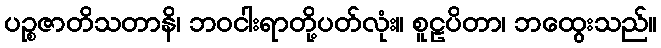
ပဉ္စဇာတိသတာနိ၊ ဘဝငါးရာတို့ပတ်လုံး။ စူဠပိတာ၊ ဘထွေးသည်။